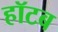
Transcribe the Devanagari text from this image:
हॉटब